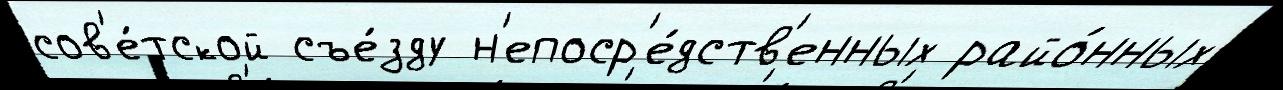
сов'е́тской съе́зду н'епоср'е́дств'енных райо́нных